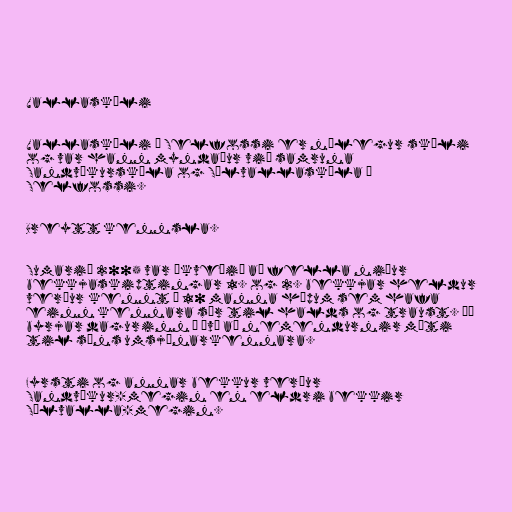
Vallaskóli

Vallaskóli á Selfossi er nýlegur skóli
og var hann myndaður við samruna
Sandvíkurskóla og Sólvallaskóla á
Selfossi.

Breytt kennsla.

Sumarið 2005 var ákveðið að fella niður
bekkjaskiptingar 1. og 2. bekkjar heldur
verður kennt í 10 manna hópum sem hafa
einn kennara sér til halds og traust. Þó
byrjar dagurinn á því að nemendurnir mæti
til síns umsjónarkennara.

Fyrsti og annar bekkur verður
Sandvíkur-megin en eldri bekkir
Sólvalla-megin.